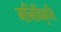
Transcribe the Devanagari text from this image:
मनिविकृति